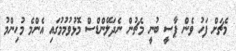
މެޗަށް ފަހު ވެން ޕާސީ ބުނީ މެޗުން ނެދަލޭންޑްސް މޮޅުވުމުމުގައި އެންމެ މުހިންމު